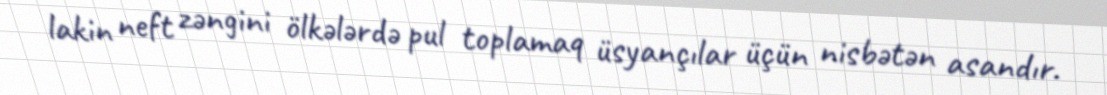
lakin neft zəngini ölkələrdə pul toplamaq üsyançılar üçün nisbətən asandır.